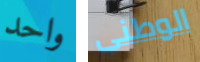
واحد الوطنى